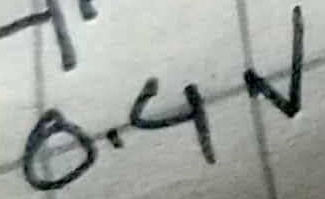
Text: 0.4V